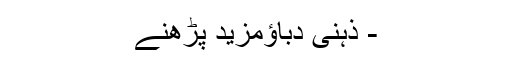
- ذہنی دباؤمزید پڑھنے